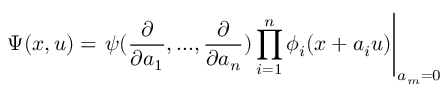
\Psi ( x , u ) = \left. \psi ( \frac { \partial } { \partial a _ { 1 } } , . . . , \frac { \partial } { \partial a _ { n } } ) \prod _ { i = 1 } ^ { n } \phi _ { i } ( x + a _ { i } u ) \right| _ { a _ { m } = 0 }